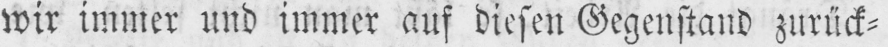
wir immer und immer auf diesen Gegenstand zurück⸗